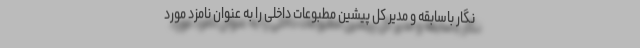
نگار باسابقه و مدیر کل پیشین مطبوعات داخلی را به عنوان نامزد مورد